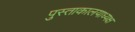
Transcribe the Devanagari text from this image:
पुस्ताकालयाध्यक्ष